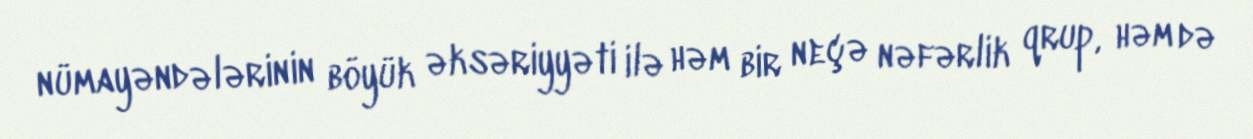
nümayəndələrinin böyük əksəriyyəti ilə həm bir neçə nəfərlik qrup, həm də